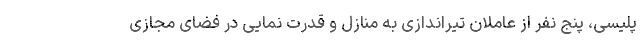
پلیسی، پنج نفر از عاملان تیراندازی به منازل و قدرت نمایی در فضای مجازی